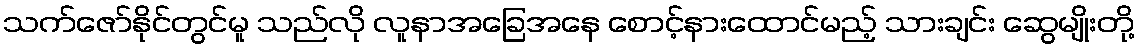
သက်ဇော်နိုင်တွင်မူ သည်လို လူနာအခြေအနေ စောင့်နားထောင်မည့် သားချင်း ဆွေမျိုးတို့